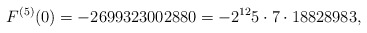
\begin{align*}F^{(5)}(0)=-2699323002880=-2^{12}5\cdot 7\cdot 18828983,\end{align*}